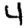
Digit: 4